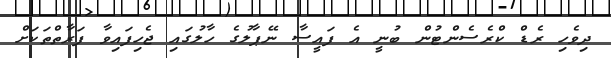
ދިވެހި ރެޑް ކްރެސެންޓުން ބުނީ އެ ފައީސާ ނޭޕާލުގެ ހާލުގައި ޖެހިފައިވާ ފަރާތްތަކަށް